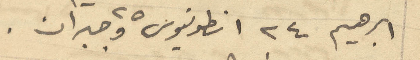
ابراهيم 24 انطونيوس 25 وجبران.